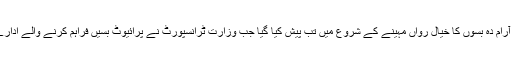
روزانہ سفر کرنے والوں کے لیے بہترین آرام دہ بسوں کا خیال رواں مہینے کے شروع میں تب پیش کیا گیا جب وزارت ٹرانسپورٹ نے پرائیوٹ بسیں فراہم کرنے والے ادارے کے ساتھ ایک معاہدے پر دستخط کیے۔